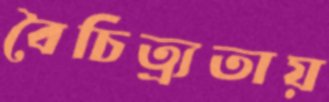
বৈচিত্র্যতায়